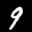
Label: 9